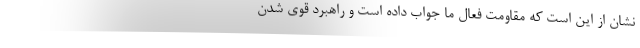
نشان از این است که مقاومت فعال ما جواب داده است و راهبرد قوی شدن